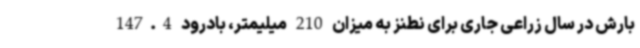
بارش در سال زراعی جاری برای نطنز به میزان 210 میلیمتر، بادرود 147.4